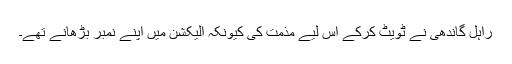
راہل گاندھی نے ٹویٹ کرکے اس لیے مذمت کی کیونکہ الیکشن میں اپنے نمبر بڑھانے تھے۔